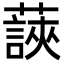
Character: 䕛